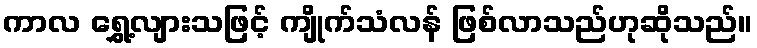
ကာလ ရွှေ့လျားသဖြင့် ကျိုက်သံလန် ဖြစ်လာသည်ဟုဆိုသည်။